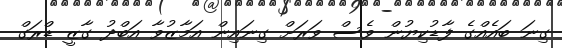
ގިނަ ބައެއްގެ ފާޑުކިޔުން ވެސް ވަރަށް ގިނައިން އަމާޒުވާ އަބްދު ގާޒީ ޑްރަގް